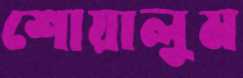
শোয়ালুম